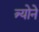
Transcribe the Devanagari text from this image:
त्र्योने